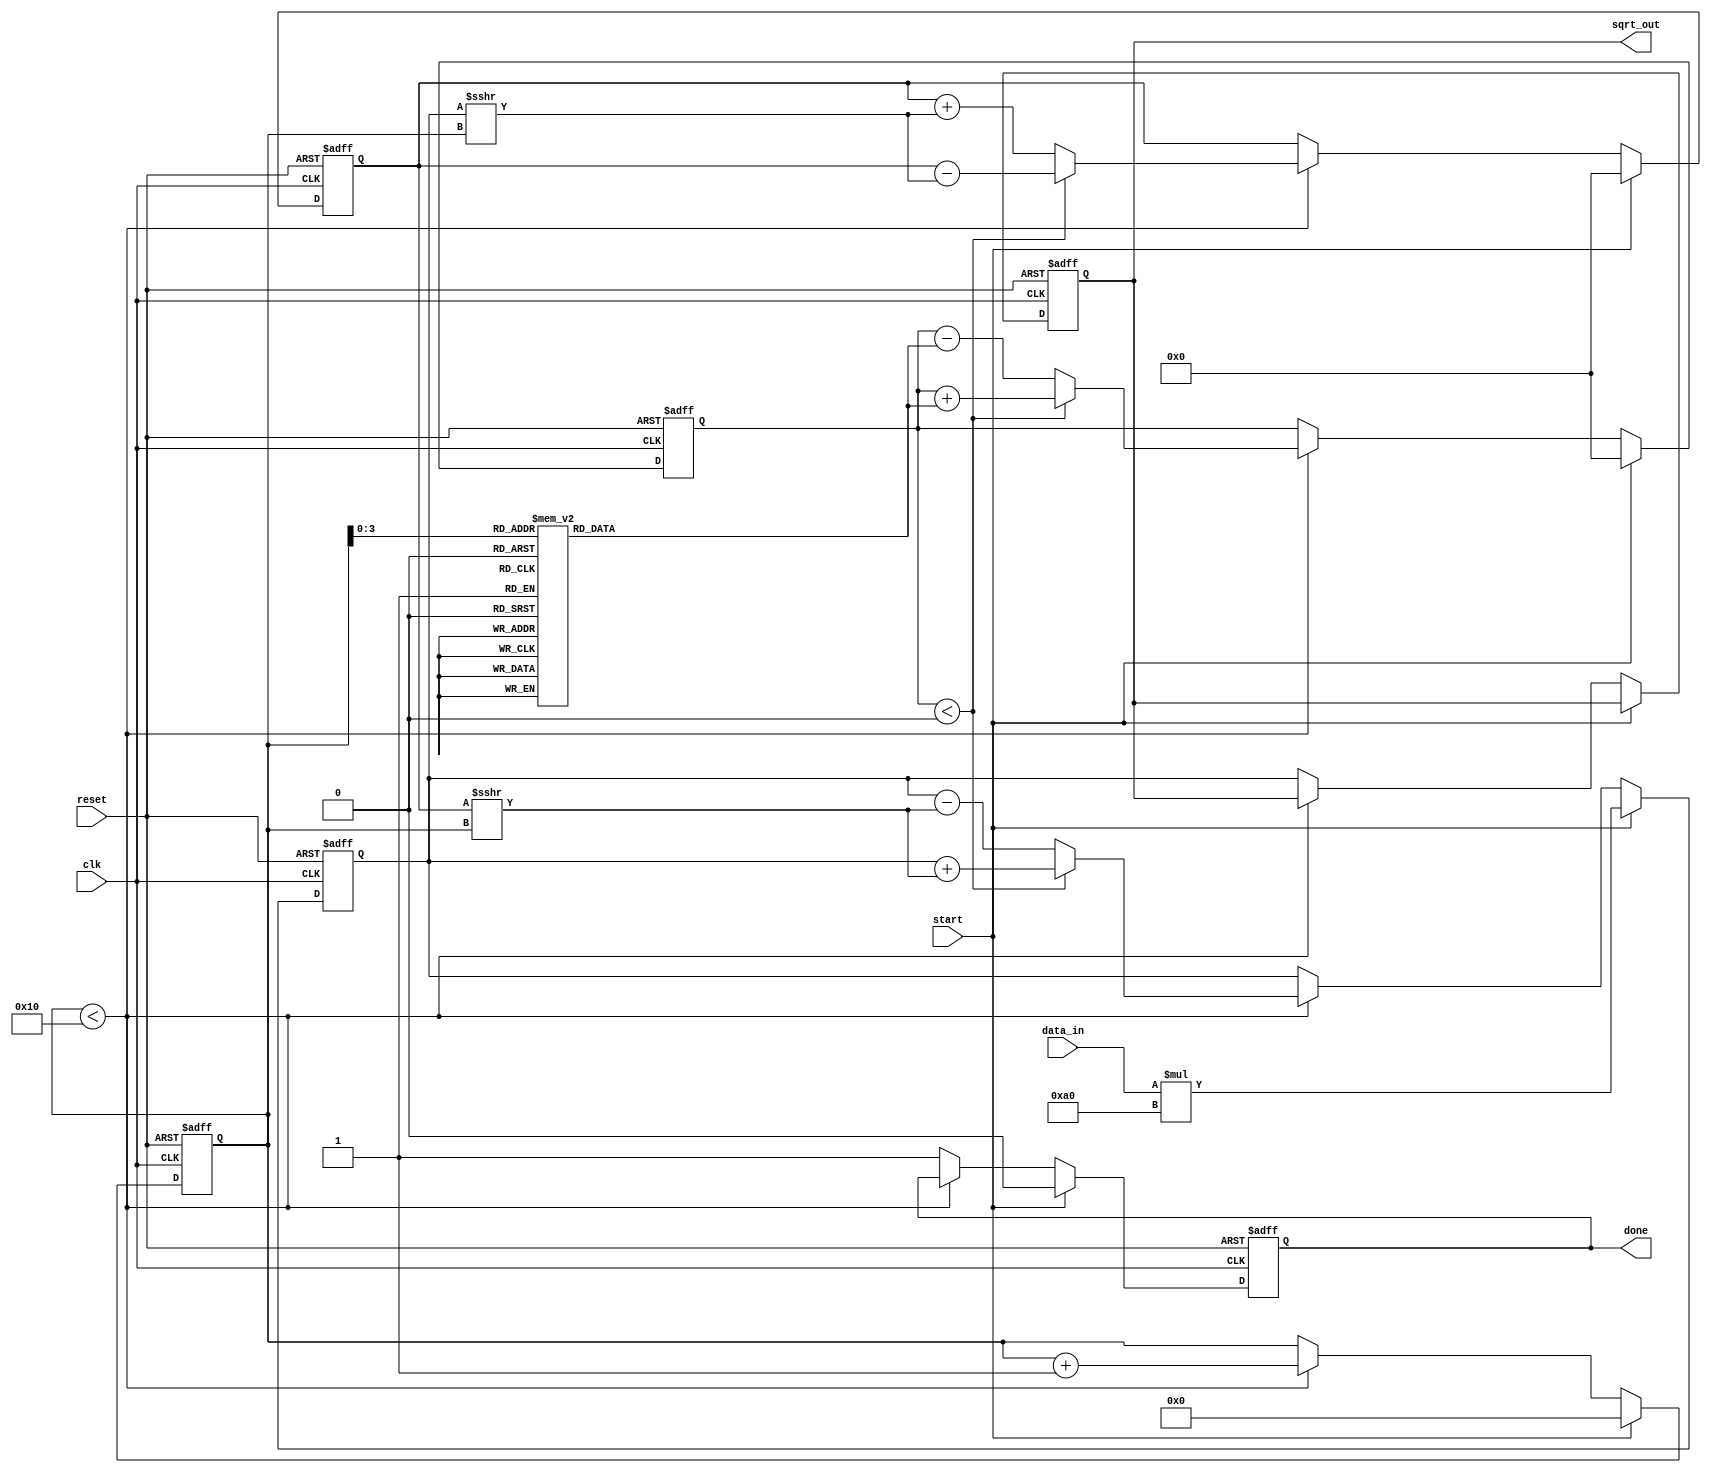
module cordic_sqrt #(
    parameter DATA_WIDTH = 16,      // Bit-width for input/output data
    parameter ITERATIONS = 16        // Number of iterations
) (
    input wire clk,
    input wire reset,
    input wire start,
    input wire [DATA_WIDTH-1:0] data_in,
    output reg [DATA_WIDTH-1:0] sqrt_out,
    output reg done
);

    // Internal registers
    reg signed [DATA_WIDTH-1:0] x_reg, y_reg, z_reg;
    reg [4:0] iteration_count;         // To count iterations
    reg [DATA_WIDTH-1:0] angle_table [0:ITERATIONS-1]; // Angle table for CORDIC

    // Initialize angle table for CORDIC
    initial begin
        angle_table[0] = 16'h0000; // arctan(1) = 45 degrees
        angle_table[1] = 16'h2000; // arctan(0.5)
        angle_table[2] = 16'h1000; // arctan(0.25)
        // Populate the rest of the angles...
    end

    // FSM for controlling iterations
    always @(posedge clk or posedge reset) begin
        if (reset) begin
            x_reg <= 0;
            y_reg <= 0;
            z_reg <= 0;
            iteration_count <= 0;
            done <= 0;
            sqrt_out <= 0;
        end else if (start) begin
            // Initialize inputs
            x_reg <= data_in * 16'hA0; // Scale input (x0 = input * K)
            y_reg <= 0;                 // y0 = 0
            z_reg <= 16'h0000;          // z0 = 0
            iteration_count <= 0;
            done <= 0;
        end else if (iteration_count < ITERATIONS) begin
            // CORDIC iteration: rotation logic
            if (z_reg < 0) begin
                // Counterclockwise rotation
                x_reg <= x_reg + (y_reg >>> iteration_count);
                y_reg <= y_reg - (x_reg >>> iteration_count);
                z_reg <= z_reg + angle_table[iteration_count];
            end else begin
                // Clockwise rotation
                x_reg <= x_reg - (y_reg >>> iteration_count);
                y_reg <= y_reg + (x_reg >>> iteration_count);
                z_reg <= z_reg - angle_table[iteration_count];
            end

            // Increment iteration count
            iteration_count <= iteration_count + 1;
        end else begin
            // Finished iterations
            sqrt_out <= x_reg; // Output the sqrt value in x_reg
            done <= 1;         // Indicate operation is done
        end
    end

endmodule